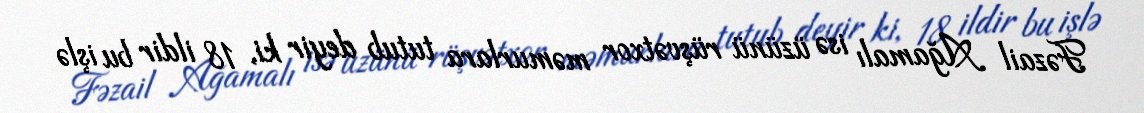
Fəzail Ağamalı isə üzünü rüşvətxor məmurlara tutub deyir ki, 18 ildir bu işlə